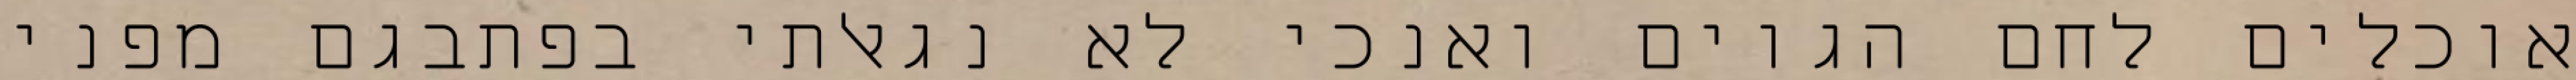
אוכלים לחם הגוים ואנכי לא נגאלתי בפתבגם מפני